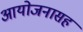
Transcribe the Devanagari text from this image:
आयोजनासह